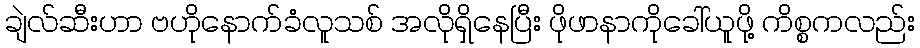
ချဲလ်ဆီးဟာ ဗဟိုနောက်ခံလူသစ် အလိုရှိနေပြီး ဖိုဖာနာကိုခေါ်ယူဖို့ ကိစ္စကလည်း